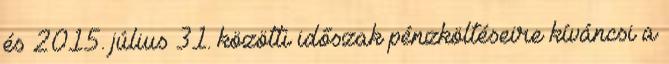
és 2015. július 31. közötti időszak pénzköltéseire kíváncsi a